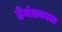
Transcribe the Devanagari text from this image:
हेमंतकाल